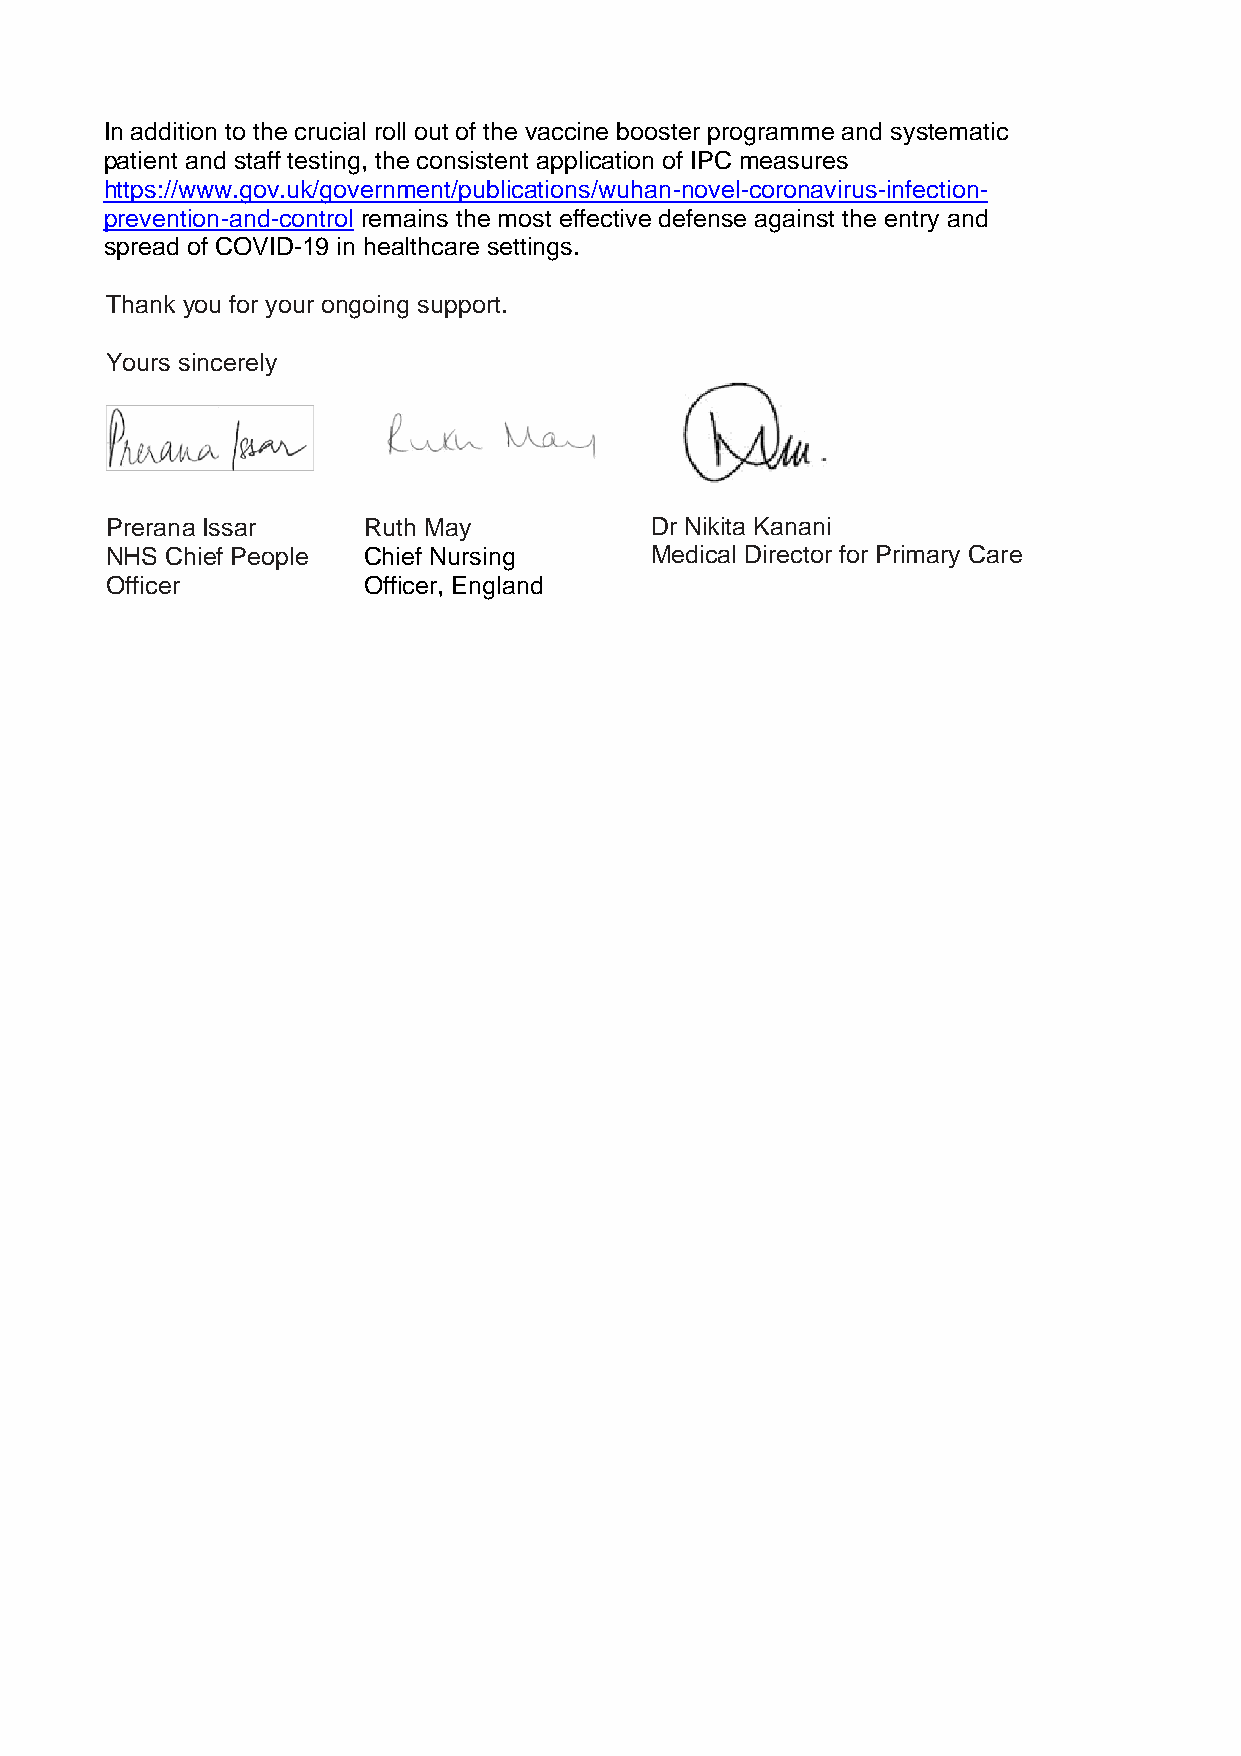
In addition to the crucial roll out of the vaccine booster programme and systematic
 patient and staff testing, the consistent application of IPC measures
 https://www.gov.uk/government/publications/wuhan-novel-coronavirus-infection-
 prevention-and-control remains the most effective defense against the entry and
 spread of COVID-19 in healthcare settings.
 Thank you for your ongoing support.
 Yours sincerely
 Prerana Issar    Ruth May           Dr Nikita Kanani
 NHS Chief People Chief Nursing      Medical Director for Primary Care
 Officer          Officer, England